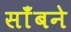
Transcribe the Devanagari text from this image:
साँबने